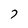
Character: 7